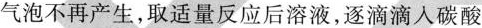
气泡不再产生，取适量反应后溶液，逐滴滴入碳酸